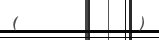
(         )